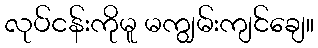
လုပ်ငန်းကိုမူ မကျွမ်းကျင်ချေ။